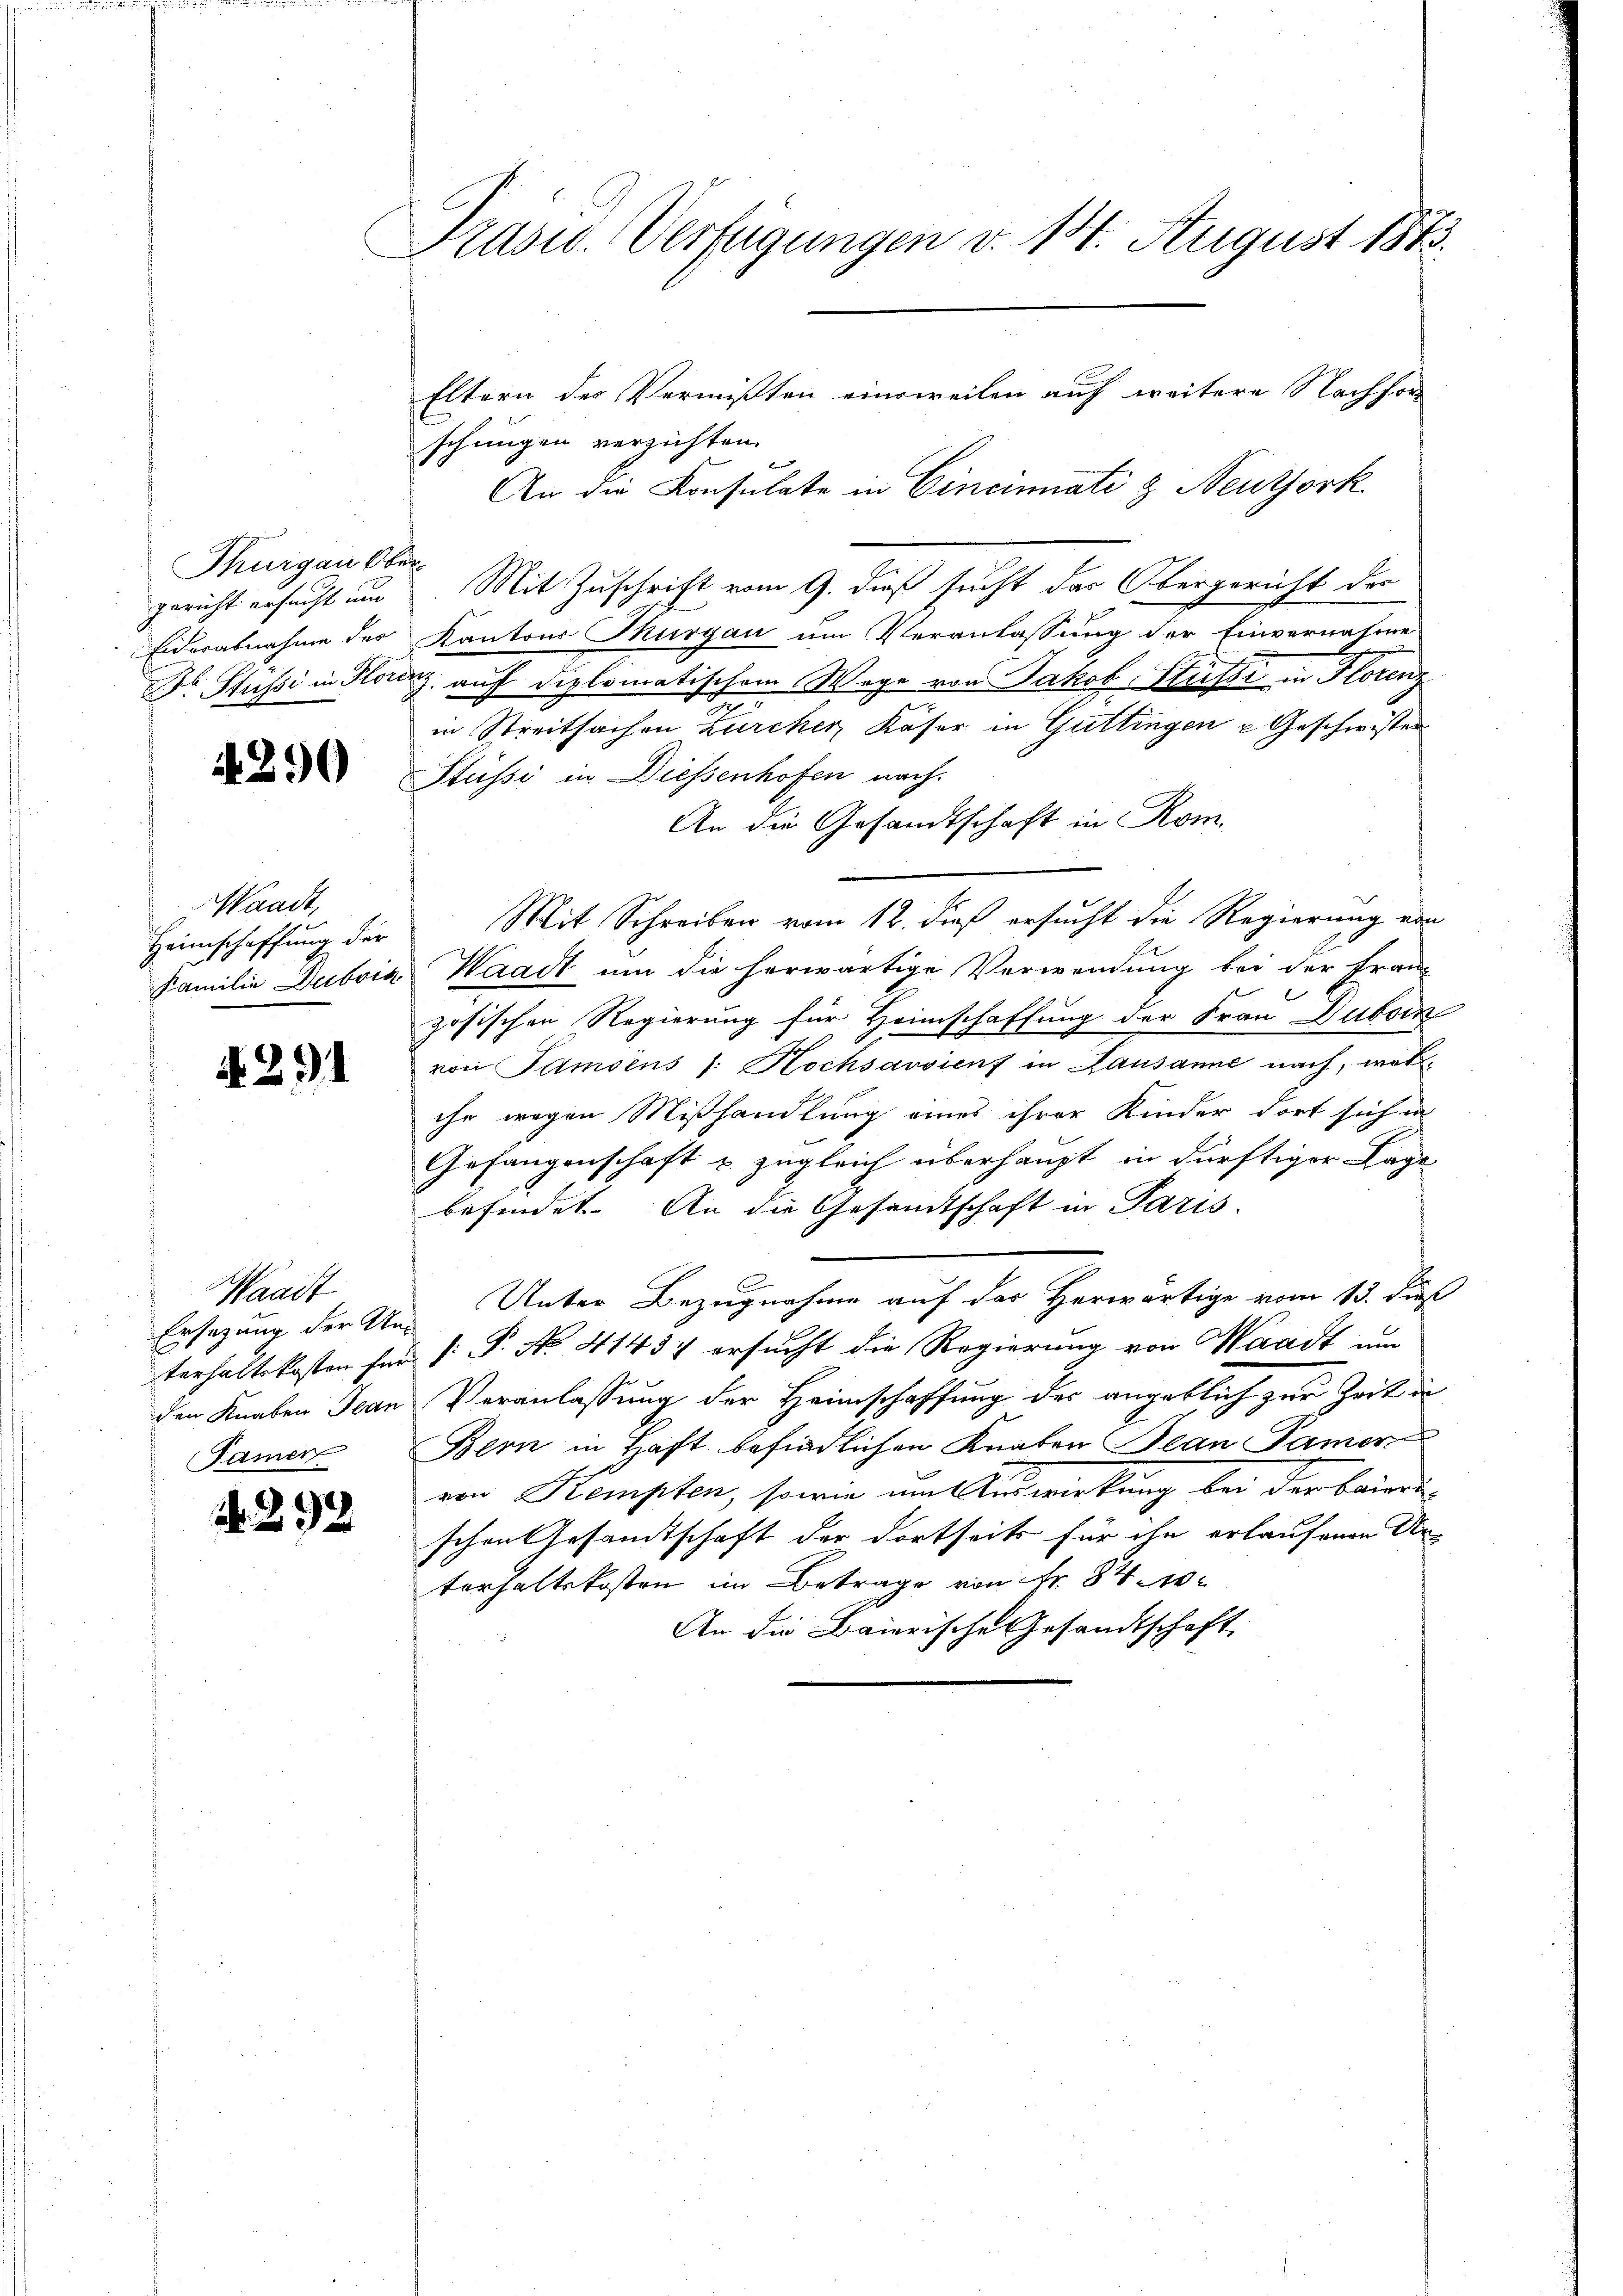
Thurgau Obe
gericht ersucht und
Eidurabnahme des
Dr. Süssi in Store

4290

Waadt,
Heimschaffung der
Familie Dubois

A 291

Waadt
Ersezung der Un
terhaltskosten für
den Knaben Jean
Namen

Nr. 292

Prasw. Verfügungen v. 14. August 1873.
Eltern der Vermißten einsweilen auf weitere Nachfor
schungen verzichten.
An die Konsulate in Cincinati & Neuthork

Mit Zuschrift vom 9. dieß sucht das Obergericht des
Kantons Thurgau um Veranlassung der Einvernahme
Z. auf diplomatischem Wege von Jakob Stüßi in Florenz
in Streitsachen Zürcher, Käser in Guttingen u Geschwister
Stüssi in Diessenhofen nach
An die Gesandtschaft in Rom.
Mit Schreiben vom 12. dieß ersucht die Regierung von
Waadt um die herwärtige Verwendung bei der Franz
l
zösischen Regierung für Heimschaffung der Frau Duboin
von Samsens 1. Hochsavvienf in Lausanne nach, welihr wegen Mißhandlung eines ihrer Kinder dort sich in
Gefangenschaft u. zugleich überhaupt in dürftiger Lage
befindet. An die Gesandtschaft in Paris.
E
Unter Bezugnahme auf der Herwärtige vom 13. dieß
[: P. No. 4143) ersucht die Regierung von Waadt um
Veranlassung der Heimschaffung des angeblich zur Zeit in
Bern in Haft befindlichen Knaben Jean Pamer
von Kempten, sowie um Auswirkung bei der baieri
schen Gesandtschaft der dortseits für ihn erlaufenen Ur-
terhaltskosten im Betrage von Fr. 84
An die Baierische Gesandtschaft